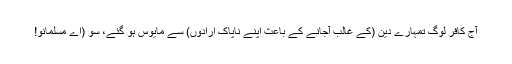
آج کافر لوگ تمہارے دین (کے غالب آجانے کے باعث اپنے ناپاک ارادوں) سے مایوس ہو گئے، سو (اے مسلمانو!